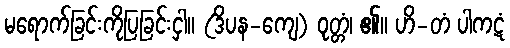
မရောက်ခြင်းကိုပြခြင်းငှါ။ (ဒိပန-ကျေ) ဝုတ္တံ၊ ၏။ ဟိ-တံ ပါကဋံ